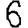
Digit: 6